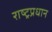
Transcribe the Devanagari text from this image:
राष्ट्रप्रधान